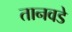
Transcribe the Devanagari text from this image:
तानवडे